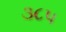
૩૮૫